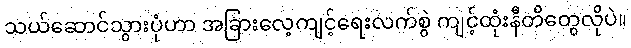
သယ်ဆောင်သွားပုံဟာ အခြားလေ့ကျင့်ရေးလက်စွဲ ကျင့်ထုံးနီတိတွေလိုပဲ။